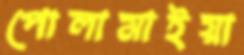
পোলামাইয়া